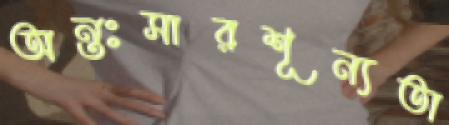
অন্তঃসারশূন্যতা